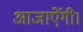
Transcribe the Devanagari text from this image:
आजाऐंगी।